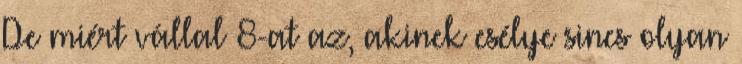
De miért vállal 8-at az, akinek esélye sincs olyan